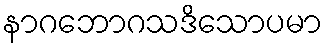
နာဂဘောဂသဒိသောပမာ